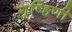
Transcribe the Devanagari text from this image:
गृष्हिणी